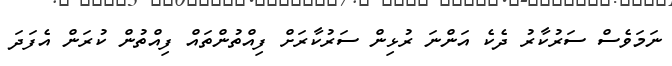
ނަމަވެސް ސަރުކާރު ދެކެ އަންނަ ރުޅިން ސަރުކާރަށް ފިއްތުންތައް ފިއްތުން ކުރަން އެފަދަ